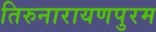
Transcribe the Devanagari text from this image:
तिरुनारायणपुरम